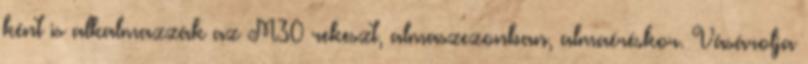
ként is alkalmazzák az M30 rekeszt, almaszezonban, almaéréskor. Vásárolja